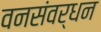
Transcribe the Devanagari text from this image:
वनसंवर्धन